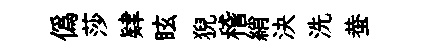
僞莎肄眩猊稽綃決洗蛬